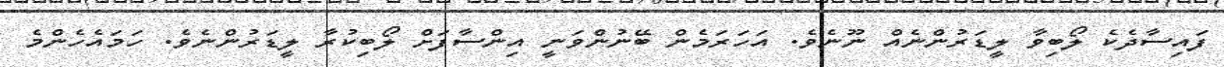
ފައިސާދެކެ ލޯބިވާ ލީޑަރުންނެއް ނޫނެވެ. އަހަރަމެން ބޭނުންވަނީ އިންސާފަށް ލޯބިކުރާ ލީޑަރުންނެވެ. ހަމައެހެންމެ